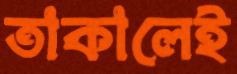
তাকালেই